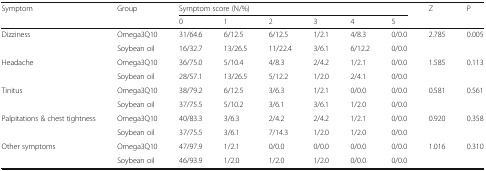
<table><thead><tr><td rowspan="2"><b>Symptom</b></td><td rowspan="2"><b>Group</b></td><td colspan="6"><b>Symptom score (N/%)</b></td><td rowspan="2"><b>Z</b></td><td rowspan="2"><b>P</b></td></tr><tr><td><b>0</b></td><td><b>1</b></td><td><b>2</b></td><td><b>3</b></td><td><b>4</b></td><td><b>5</b></td></tr></thead><tbody><tr><td rowspan="2">Dizziness</td><td>Omega3Q10</td><td>31/64.6</td><td>6/12.5</td><td>6/12.5</td><td>1/2.1</td><td>4/8.3</td><td>0/0.0</td><td rowspan="2">2.785</td><td rowspan="2">0.005</td></tr><tr><td>Soybean oil</td><td>16/32.7</td><td>13/26.5</td><td>11/22.4</td><td>3/6.1</td><td>6/12.2</td><td>0/0.0</td></tr><tr><td rowspan="2">Headache</td><td>Omega3Q10</td><td>36/75.0</td><td>5/10.4</td><td>4/8.3</td><td>2/4.2</td><td>1/2.1</td><td>0/0.0</td><td rowspan="2">1.585</td><td rowspan="2">0.113</td></tr><tr><td>Soybean oil</td><td>28/57.1</td><td>13/26.5</td><td>5/12.2</td><td>1/2.0</td><td>2/4.1</td><td>0/0.0</td></tr><tr><td rowspan="2">Tinitus</td><td>Omega3Q10</td><td>38/79.2</td><td>6/12.5</td><td>3/6.3</td><td>1/2.1</td><td>0/0.0</td><td>0/0.0</td><td rowspan="2">0.581</td><td rowspan="2">0.561</td></tr><tr><td>Soybean oil</td><td>37/75.5</td><td>5/10.2</td><td>3/6.1</td><td>3/6.1</td><td>1/2.0</td><td>0/0.0</td></tr><tr><td rowspan="2">Palpitations &amp; chest tightness</td><td>Omega3Q10</td><td>40/83.3</td><td>3/6.3</td><td>2/4.2</td><td>2/4.2</td><td>1/2.1</td><td>0/0.0</td><td rowspan="2">0.920</td><td rowspan="2">0.358</td></tr><tr><td>Soybean oil</td><td>37/75.5</td><td>3/6.1</td><td>7/14.3</td><td>1/2.0</td><td>1/2.0</td><td>0/0.0</td></tr><tr><td rowspan="2">Other symptoms</td><td>Omega3Q10</td><td>47/97.9</td><td>1/2.1</td><td>0/0.0</td><td>0/0.0</td><td>0/0.0</td><td>0/0.0</td><td rowspan="2">1.016</td><td rowspan="2">0.310</td></tr><tr><td>Soybean oil</td><td>46/93.9</td><td>1/2.0</td><td>1/2.0</td><td>1/2.0</td><td>0/0.0</td><td>0/0.0</td></tr></tbody></table>